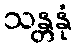
သန္တနုံ